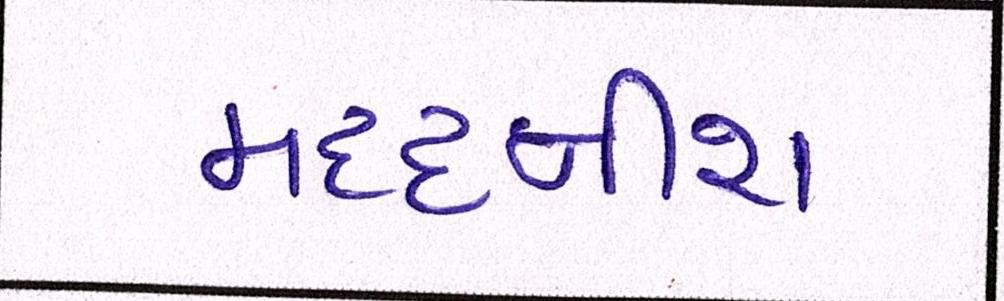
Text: મદદનીશ